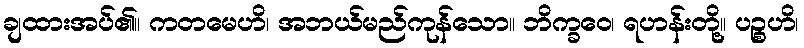
ချထားအပ်၏။ ကတမေဟိ၊ အဘယ်မည်ကုန်သော။ ဘိက္ခဝေ၊ ရဟန်းတို့။ ပဉ္စဟိ၊